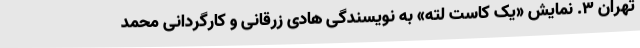
تهران 3. نمایش «یک کاست لته» به نویسندگی هادی زرقانی و کارگردانی محمد